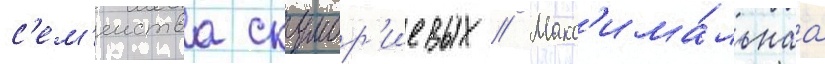
с'ем'еиства скумбр'иевых // Макс'има́льнаа